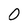
Character: 0